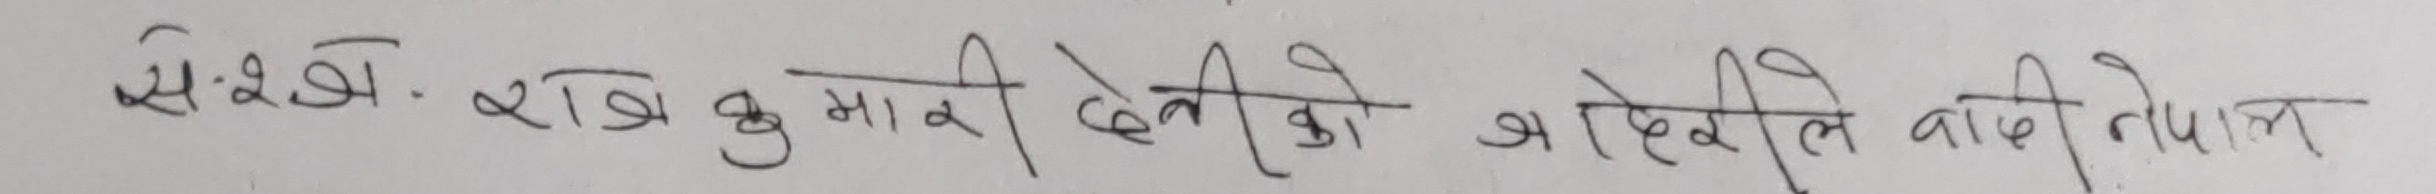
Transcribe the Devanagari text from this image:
सं:खे. राज कुमारी देवीको अहिले वाली नेपाल